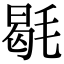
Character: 毼